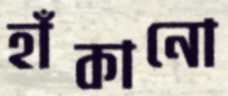
হাঁকানো